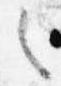
之